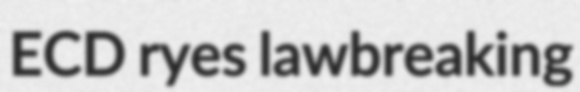
ECD ryes lawbreaking